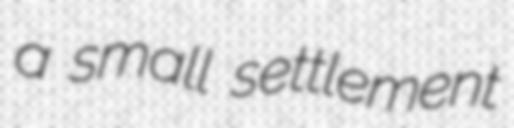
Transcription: a small settlement